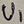
Text: V1